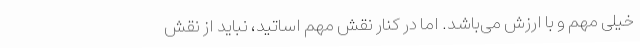
خیلی مهم و با ارزش می‌باشد. اما در کنار نقش مهم اساتید، نباید از نقش